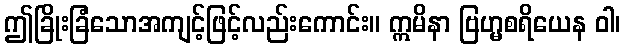
ဤခြိုးခြံသောအကျင့်ဖြင့်လည်းကောင်း။ ဣမိနာ ဗြဟ္မစရိယေန ဝါ၊